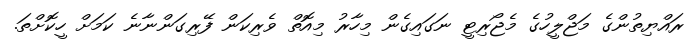
ރައްޔިތުންގެ މަޖްލީހުގެ މެޖޯރިޓީ ނަގައިގެން މިހާރު މިއޮތް ވެރިކަން ފޭރިގަންނާނެ ކަމަށް ހީކޮށްތަ.